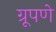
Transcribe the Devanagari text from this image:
ग्रूपणे